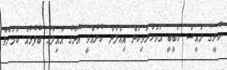
ކުރީގެ ރައީސް ހަބީބީ އަވަހާރަވިކަން އިޢްލާން ކުރެއްވީ އޭނާގެ އާއިލާގެ ބޭފުޅެއް ކަމަށްވާ